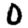
Digit: 0